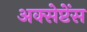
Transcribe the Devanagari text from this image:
अक्सेप्टेंस